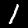
Digit: 1